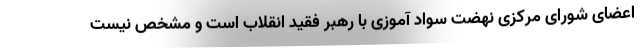
اعضای شورای مرکزی نهضت سواد آموزی با رهبر فقید انقلاب است و مشخص نیست